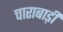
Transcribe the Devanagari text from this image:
चाराबाड़ी